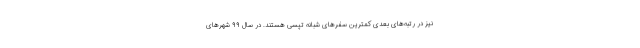
نیز در رتبه‌های بعدی کمترین سفرهای شبانه تپسی هستند. در سال ۹۹ شهرهای